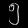
Digit: ၅